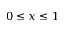
0 \leq x \leq 1